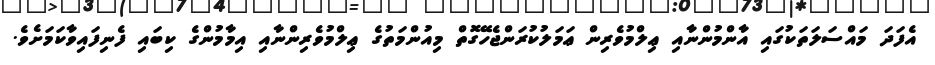
އެފަދަ މައްސަލަތަކުގައި އާންމުންނާއި ޢިލްމުވެރިން ޢަމަލުކުރަންޖެހޭގޮތް މިއުންމަތުގެ ޢިލްމުވެރިންނާއި އިމާމުންގެ ކިބައި ފެނިފައިވާކަމަށެވެ.